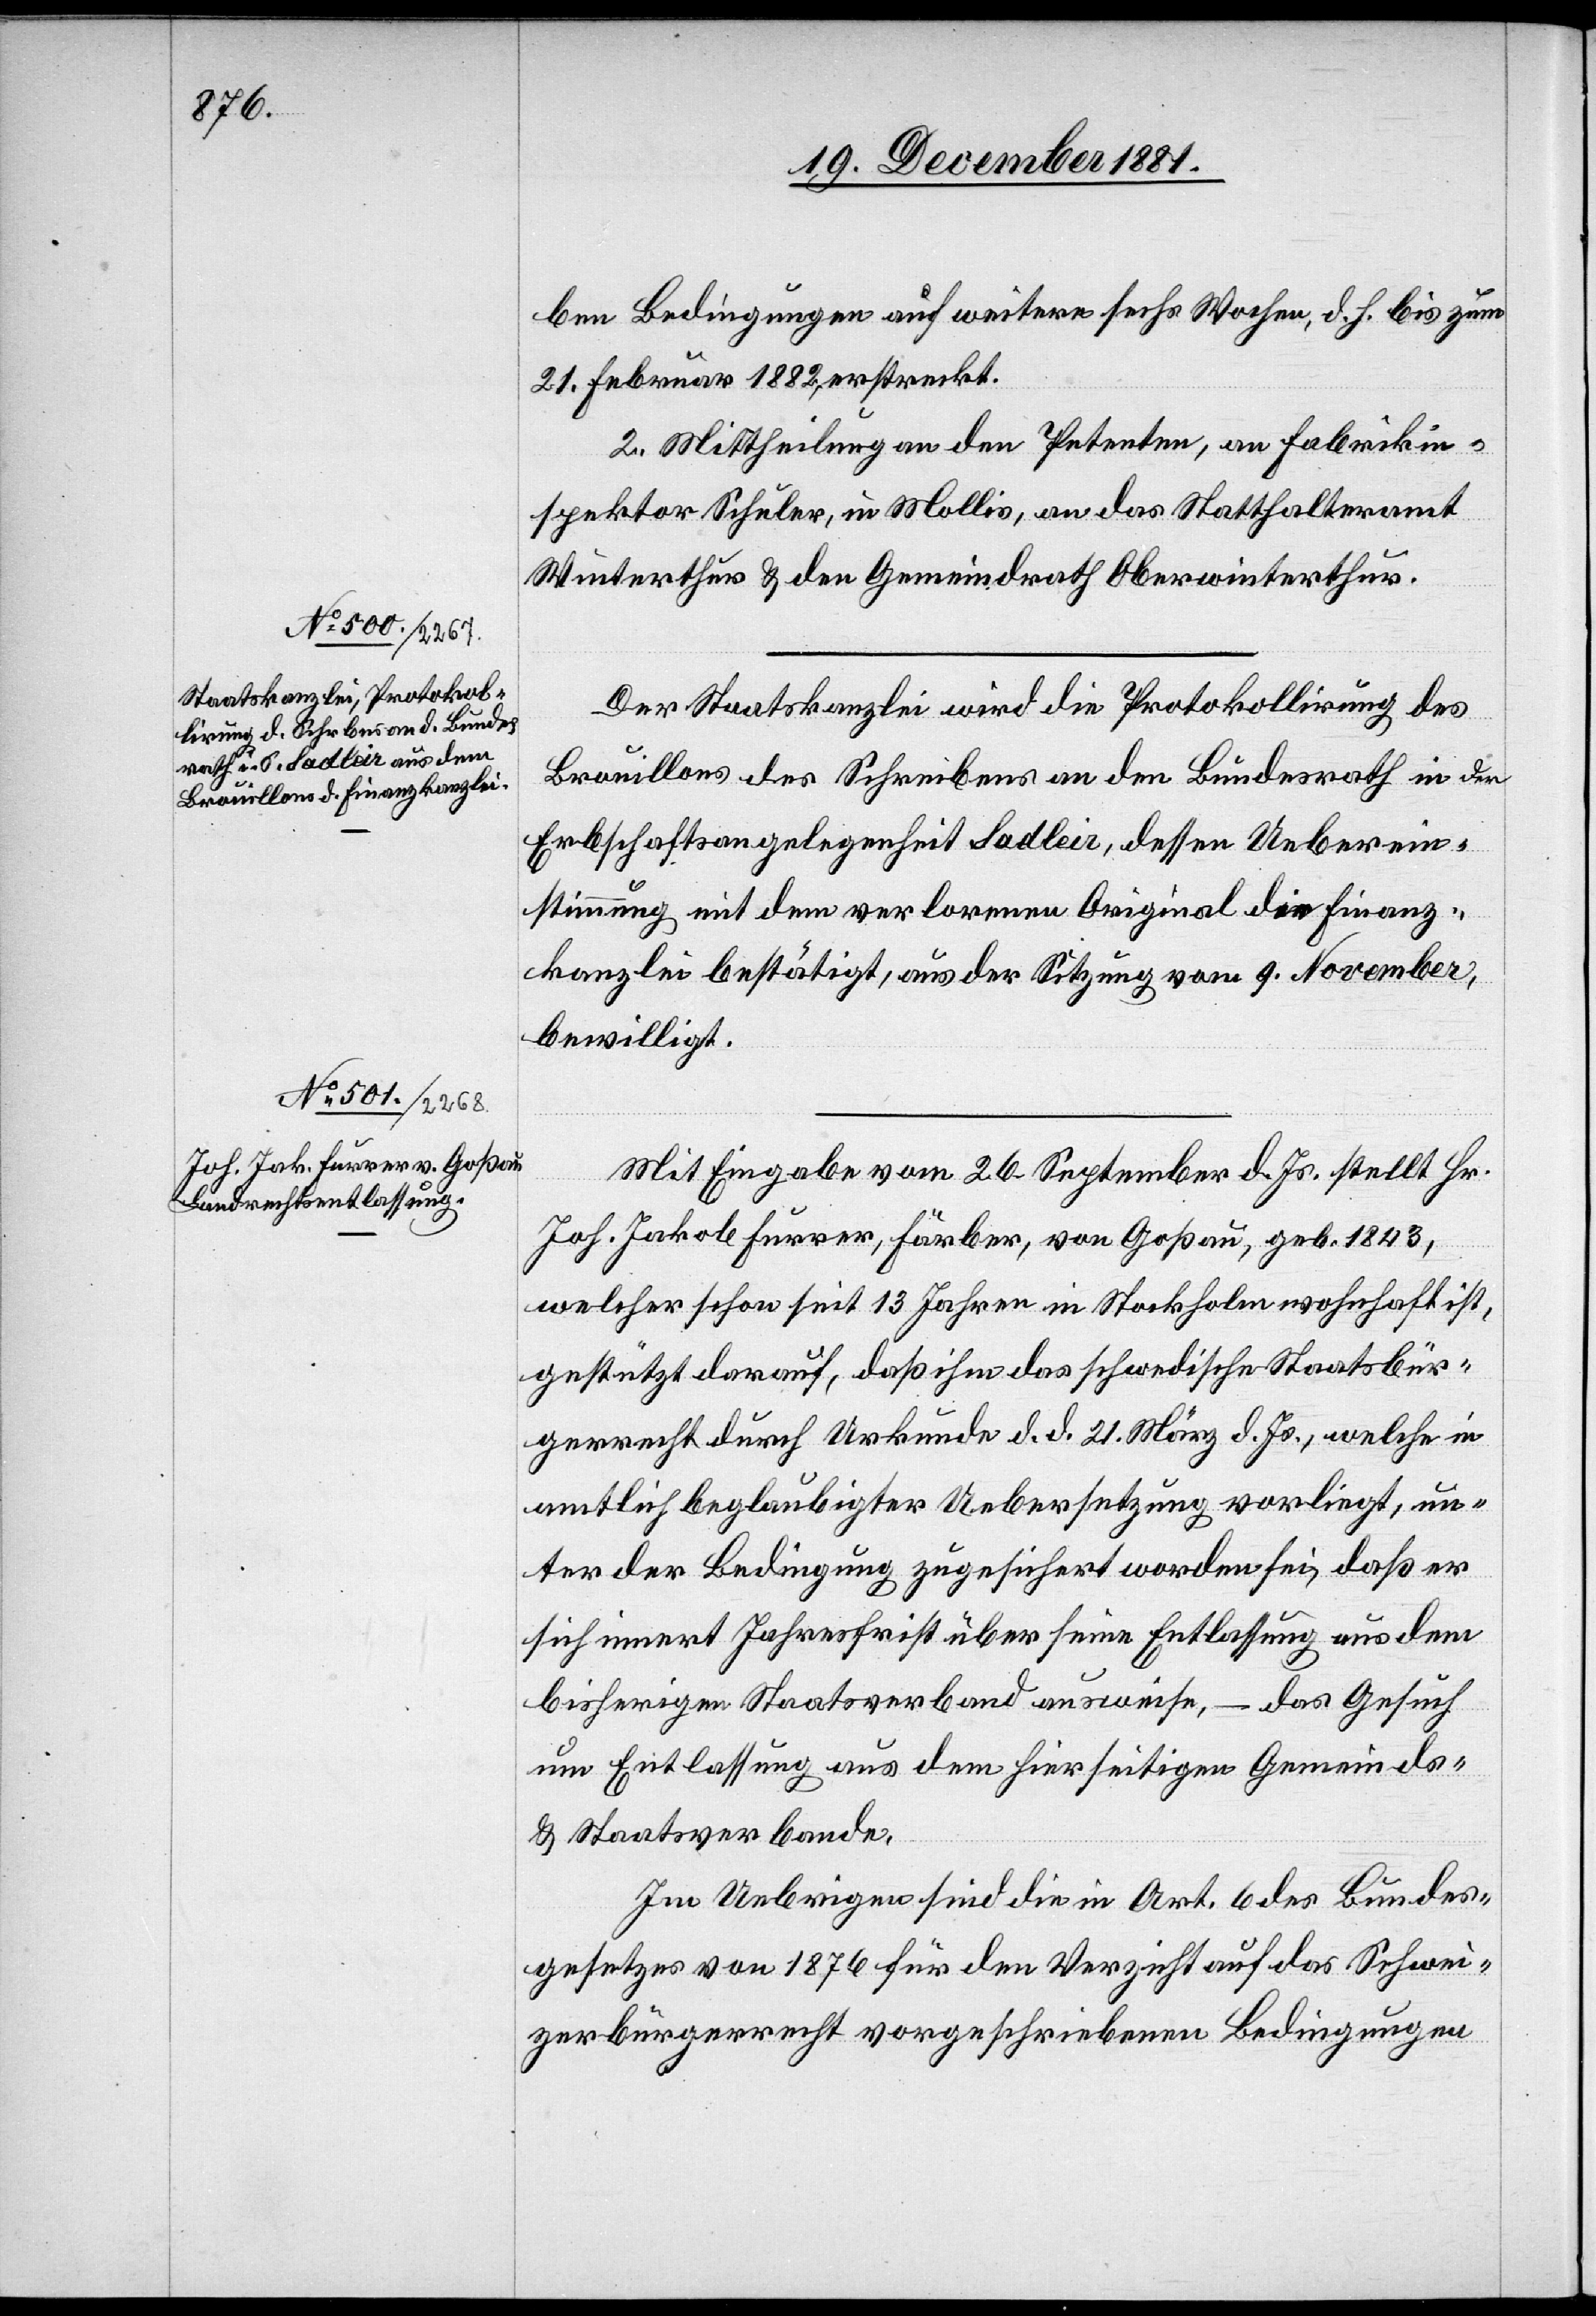
ben Bedingungen auf weitere sechs Wochen, d. h. bis zum
21. Februar 1882, erstreckt.
2. Mittheilung an den Petenten, an Fabrikin¬
spektor Schuler, in Mollis, an das Statthalteramt
Winterthur & den Gemeindrath Oberwinterthur.
Der Staatskanzlei wird die Protokollirung des
Brouillons des Schreibens an den Bundesrath in der
Erbschaftsangelegenheit Sadleir, dessen Ueberein¬
stimmung mit dem verlornen Original die Finanz¬
kanzlei bestätigt, aus der Sitzung vom 9. November,
bewilligt.
Mit Eingabe vom 26. September d. Js. stellt Hr.
Jos. Jakob Furrer, Färber, von Goßau, geb. 1843,
welcher schon seit 13 Jahren in Stockholm wohnhaft ist,
gestützt darauf, daß ihm das schwedische Staatsbür¬
gerrecht durch Urkunde d. d. 21. März d. Js., welche in
amtlich beglaubigter Uebersetzung vorliegt, un¬
ter der Bedingung zugesichert worden sei, daß er
sich innert Jahresfrist über seine Entlassung aus dem
bisherigen Staatsverband ausweise, – das Gesuch
um Entlassung aus dem hierseitigen Gemeinds-
& Staatsverbande.
Im Uebrigen sind die in Art. 6 des Bundes¬
gesetzes von 1876 für den Verzicht auf das Schwei¬
zerbürgerrecht vorgeschriebenen Bedingungen